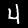
Label: 4